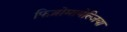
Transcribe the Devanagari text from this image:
फिब्रोमायेल्जिया